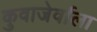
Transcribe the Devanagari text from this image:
कुवाजेर्वाला